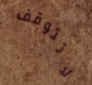
لاتتوقف